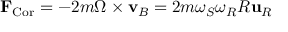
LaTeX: \mathbf { F } _ { \mathrm { C o r } } = - 2 m { \boldsymbol { \Omega } } \times \mathbf { v } _ { B } = 2 m \omega _ { S } \omega _ { R } R \mathbf { u } _ { R }